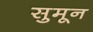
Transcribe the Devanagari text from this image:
सुमून